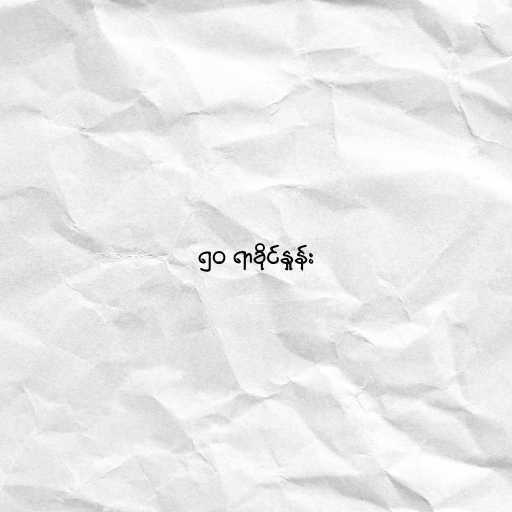
၅၀ ရာခိုင်နှုန်း